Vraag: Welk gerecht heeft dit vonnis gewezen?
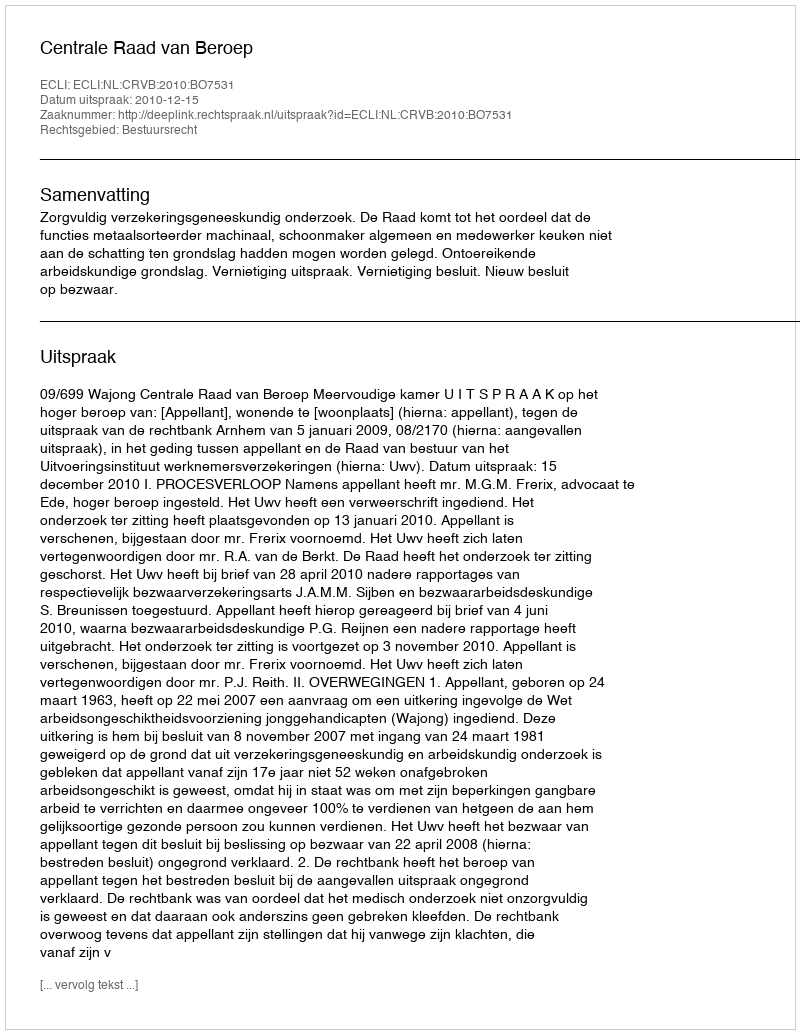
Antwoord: Centrale Raad van Beroep